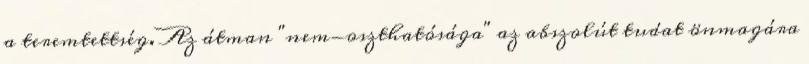
a teremtettség. Az átman "nem-oszthatósága" az abszolút tudat önmagára